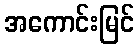
အကောင်းမြင်